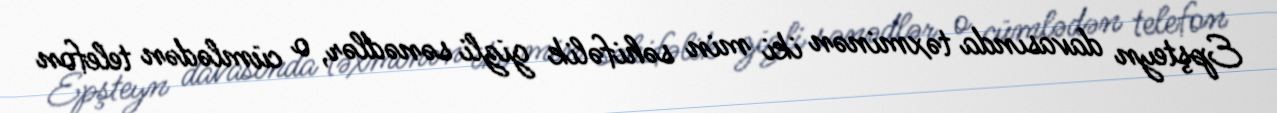
Epşteyn davasında təxminən iki min səhifəlik gizli sənədlər, o cümlədən telefon